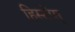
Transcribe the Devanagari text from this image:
हिस्टोस्‌